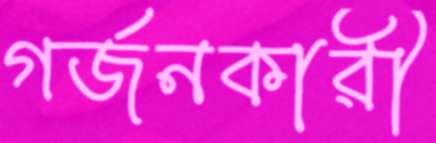
গর্জনকারী